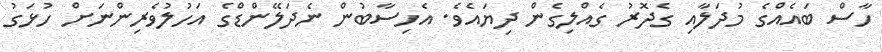
ހާސް ބައެއްގެ މުދަލާއި ގެދޮރު ގެއްލިގެން ދިޔައެވެ. އެހިސާބުން ނެދަލޭންޑްގެ އަހުލުވެރިންނަށް ހުޅަގު